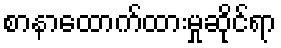
စာနာထောက်ထားမှုဆိုင်ရာ